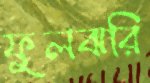
ফুলঝরি